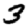
Digit: 3